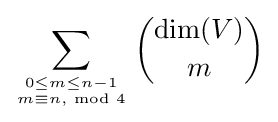
\sum _{0\leq m\leq n-1 \atop m\equiv n,{\text{ mod }}4}{{\text{dim}}(V) \choose m}